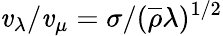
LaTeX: \mathit{v}_{\lambda}/\mathit{v}_{\mu}=\sigma/(\overline{{{\rho}}}\lambda)^{1/2}